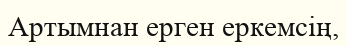
Артымнан ерген еркемсің,